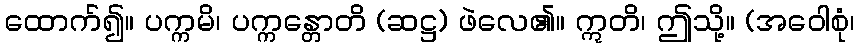
ထောက်၍။ ပက္ကမိ၊ ပက္ကန္တောတိ (ဆဋ္ဌ) ဖဲလေ၏။ ဣတိ၊ ဤသို့။ (အဝေါစုံ၊